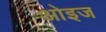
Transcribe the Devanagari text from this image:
ओइज